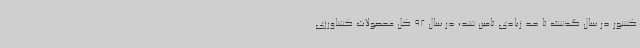
کشور در سال گذشته تا حد زیادی تامین شد؛ در سال 92 کل محصولات کشاورزی